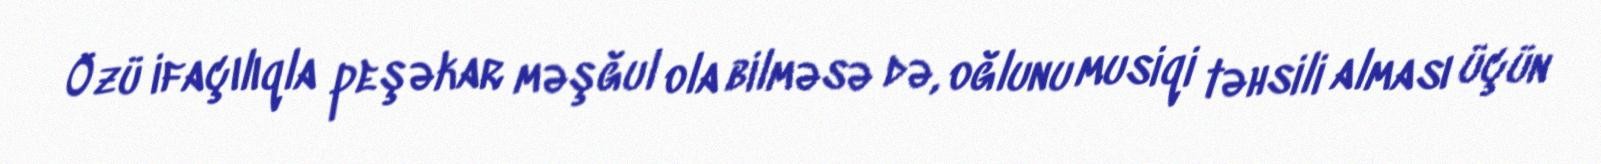
Özü ifaçılıqla peşəkar məşğul ola bilməsə də, oğlunu musiqi təhsili alması üçün